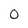
Character: 0